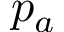
p _ { a }